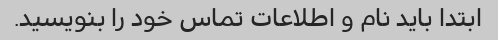
ابتدا باید نام و اطلاعات تماس خود را بنویسید.